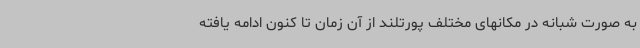
به صورت شبانه در مکانهای مختلف پورتلند از آن زمان تا کنون ادامه یافته